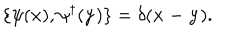
LaTeX: \{ \psi ( { \bf x } ) , \psi ^ { \dagger } ( { \bf y } ) \} = \delta ( { \bf x - y } ) .